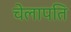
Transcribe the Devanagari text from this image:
चेलापति